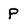
Character: p